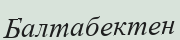
Балтабектен